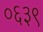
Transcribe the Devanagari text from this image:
०६३९